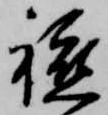
軈